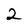
Character: 2